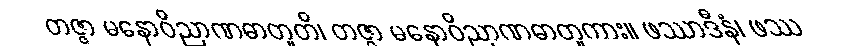
တဇ္ဇာ မနောဝိညာဏဓာတူတိ၊ တဇ္ဇာ မနောဝိညာဏဓာတူကား။ ဖဿာဒီနံ၊ ဖဿ